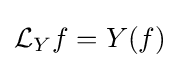
{\mathcal {L}}_{Y}f=Y(f)